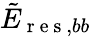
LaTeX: \tilde{E}_{\mathrm{~r~e~s~},bb}